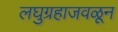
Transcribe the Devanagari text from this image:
लघुग्रहाजवळून